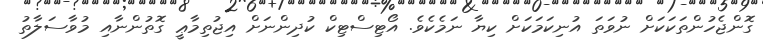
ގޮންޖެހުންތަކަކަށް ނުވަތަ އުނިކަމަކަށް ކިޔާ ނަމެކެވެ. އޯޓިސްޓިކް ކުދިންނަށް އިޖުތިމާޢީ ގޮތުންނާއި މުވާސަލާތު